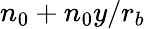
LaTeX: n_{0}+n_{0}y/r_{b}